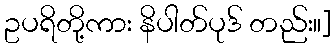
ဥပရိတို့ကား နိပါတ်ပုဒ် တည်း။]